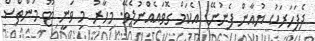
ދެފަހަރަކު ޔުއާން ފެނުނޭ. އެކަމް ގޮވައެއްނުލެވޭ. މިހާރު މި ވަނީ ޓޫ މަންތްސް